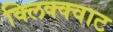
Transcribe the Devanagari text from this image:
क्लिक्क्वाट